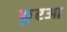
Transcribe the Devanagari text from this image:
क़ु़रआ